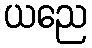
ယညေ